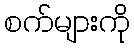
စက်များကို